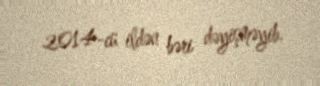
2014-cü ildən bəri dəyişməyib.